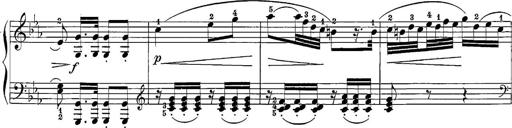
Title: 12 Sonatine per Pianoforte
Composer: Friedrich Kuhlau